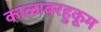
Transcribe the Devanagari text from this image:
काळाबरहुकूम